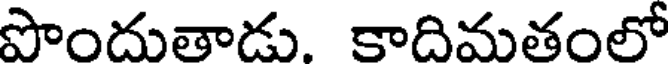
పొందుతాడు. కాదిమతంలో